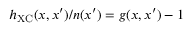
h _ { \mathrm { X C } } ( x , x ^ { \prime } ) / n ( x ^ { \prime } ) = g ( x , x ^ { \prime } ) - 1